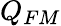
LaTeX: Q_{FM}